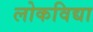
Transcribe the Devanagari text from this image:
लोकविद्या